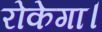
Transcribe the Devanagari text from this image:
रोकेगा।